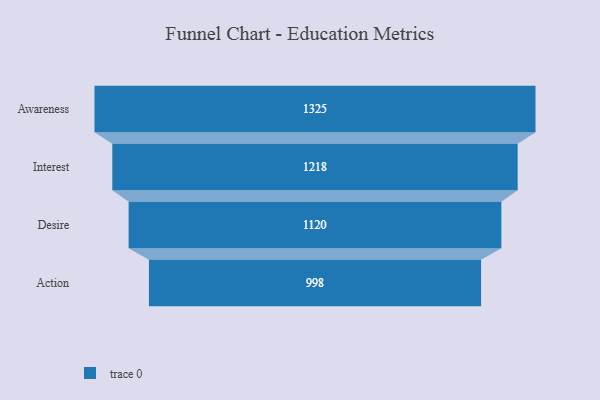
{"axis": {"x": "Stage", "y": "Value"}, "legend": [""], "data": [{"x": "Awareness", "y": 1325.0, "type": ""}, {"x": "Interest", "y": 1218.0, "type": ""}, {"x": "Desire", "y": 1120.0, "type": ""}, {"x": "Action", "y": 998.0, "type": ""}]}